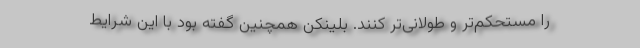
را مستحکم‌تر و طولانی‌تر کنند. بلینکن همچنین گفته بود با این شرایط